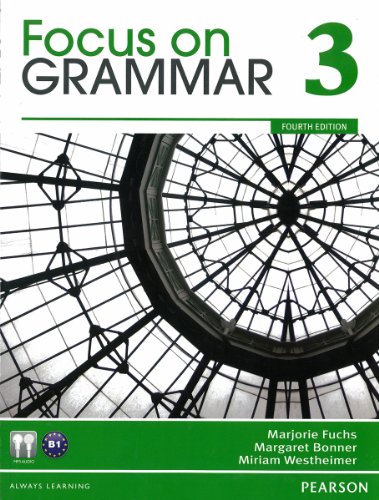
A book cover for Focus on Grammar 3 (4th Edition); Marjorie Fuchs; Reference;